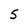
Character: 5